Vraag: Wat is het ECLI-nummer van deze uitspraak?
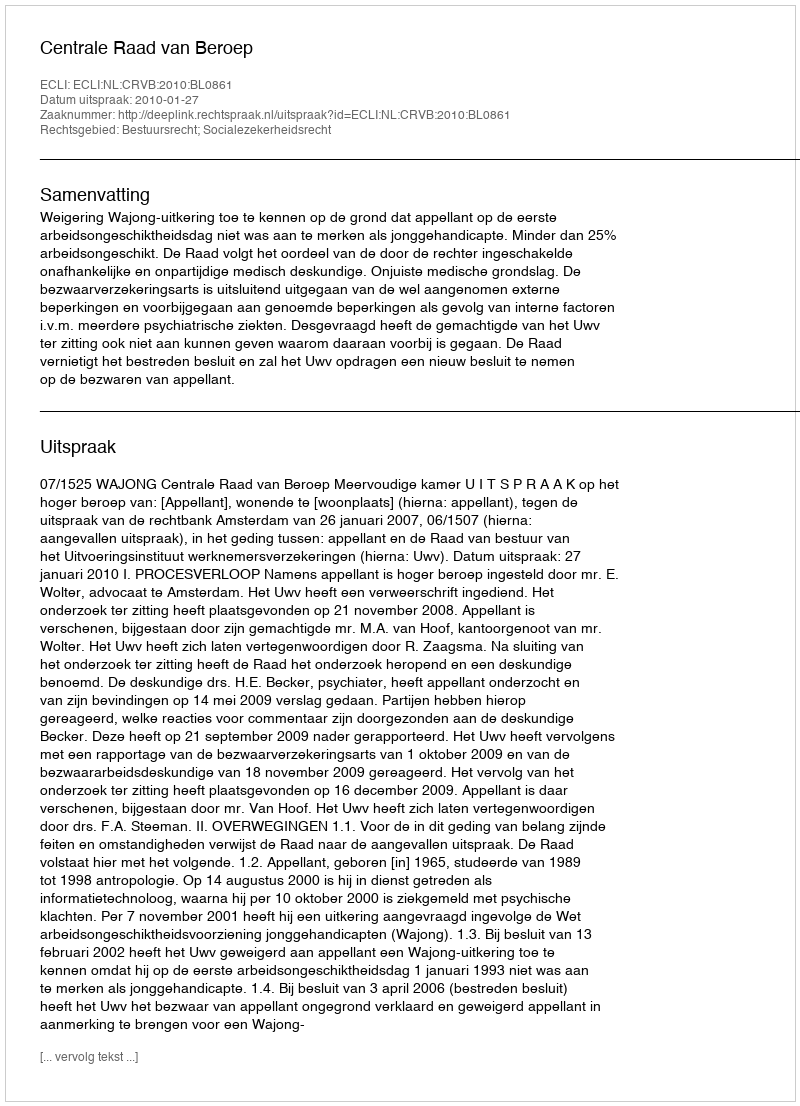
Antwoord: ECLI:NL:CRVB:2010:BL0861